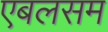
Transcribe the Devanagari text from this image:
एबलसम